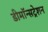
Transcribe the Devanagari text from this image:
डीमॉन्सट्रेशन